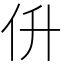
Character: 㐼